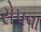
રોપવા